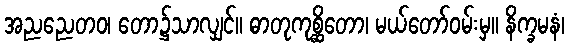
အညညေတဝ၊ တော၌သာလျှင်။ ဓာတုကုစ္ဆိတော၊ မယ်တော်ဝမ်းမှ။ နိက္ခမနံ၊